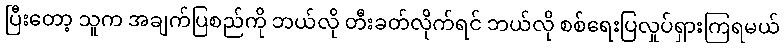
ပြီးတော့ သူက အချက်ပြစည်ကို ဘယ်လို တီးခတ်လိုက်ရင် ဘယ်လို စစ်ရေးပြလှုပ်ရှားကြရမယ်